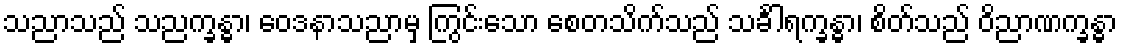
သညာသည် သညက္ခန္ဓာ၊ ဝေဒနာသညာမှ ကြွင်းသော စေတသိက်သည် သင်္ခါရက္ခန္ဓာ၊ စိတ်သည် ဝိညာဏက္ခန္ဓာ